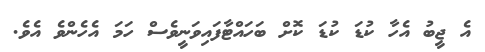
އެ ޖީބު އެހާ ކުޑަ ކުޑަ ކޮށް ބަހައްޓާފައިވަނީވެސް ހަމަ އެހެންވެ އެވެ.